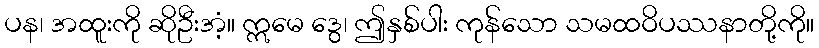
ပန၊ အထူးကို ဆိုဦးအံ့။ ဣမေ ဒွေ၊ ဤနှစ်ပါး ကုန်သော သမထဝိပဿနာတို့ကို။